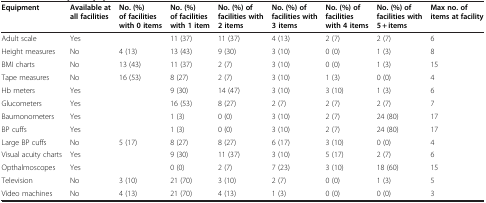
| Equipment | Available at all facilities | No. (%) of facilities with 0 items | No. (%) of facilities with 1 item | No. (%) of facilities with 2 items | No. (%) of facilities with 3 items | No. (%) of facilities with 4 items | No. (%) of facilities with 5 + items | Max no. of items at facility |
 | --- | --- | --- | --- | --- | --- | --- | --- | --- |
 | Adult scale | Yes |  | 11 (37) | 11 (37) | 4 (13) | 2 (7) | 2 (7) | 6 |
 | Height measures | No | 4 (13) | 13 (43) | 9 (30) | 3 (10) | 0 (0) | 1 (3) | 8 |
 | BMI charts | No | 13 (43) | 11 (37) | 2 (7) | 3 (10) | 0 (0) | 1 (3) | 15 |
 | Tape measures | No | 16 (53) | 8 (27) | 2 (7) | 3 (10) | 1 (3) | 0 (0) | 4 |
 | Hb meters | Yes |  | 9 (30) | 14 (47) | 3 (10) | 3 (10) | 1 (3) | 6 |
 | Glucometers | Yes |  | 16 (53) | 8 (27) | 2 (7) | 2 (7) | 2 (7) | 7 |
 | Baumonometers | Yes |  | 1 (3) | 0 (0) | 3 (10) | 2 (7) | 24 (80) | 17 |
 | BP cuffs | Yes |  | 1 (3) | 0 (0) | 3 (10) | 2 (7) | 24 (80) | 17 |
 | Large BP cuffs | No | 5 (17) | 8 (27) | 8 (27) | 6 (17) | 3 (10) | 0 (0) | 4 |
 | Visual acuity charts | Yes |  | 9 (30) | 11 (37) | 3 (10) | 5 (17) | 2 (7) | 6 |
 | Opthalmoscopes | Yes |  | 0 (0) | 2 (7) | 7 (23) | 3 (10) | 18 (60) | 15 |
 | Television | No | 3 (10) | 21 (70) | 3 (10) | 2 (7) | 0 (0) | 1 (3) | 5 |
 | Video machines | No | 4 (13) | 21 (70) | 4 (13) | 1 (3) | 0 (0) | 0 (0) | 3 |